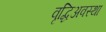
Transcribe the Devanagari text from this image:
वृद्धिअवस्था